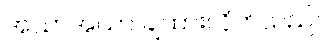
အသာအယာ ချထားလိုက်သည်။